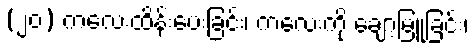
(၂၀) ကလေးထိန်းပေးခြင်း၊ ကလေးကို ချော့မြူခြင်း၊